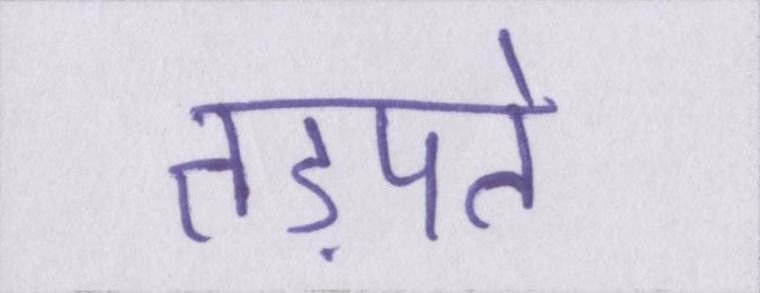
तड़पते